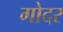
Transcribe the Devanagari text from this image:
गोदर